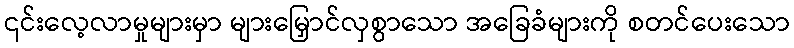
၎င်းလေ့လာမှုများမှာ များမြှောင်လှစွာသော အခြေခံများကို စတင်ပေးသော